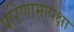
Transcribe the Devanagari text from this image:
परिणामापेक्षा